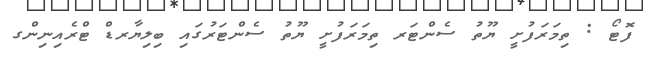
ފޮޓޯ : ތިމަރަފުށީ ޔޫތު ސެންޓަރ ތިމަރަފުށީ ޔޫތު ސެންޓަރުގައި ބިލިޔާރޑް ޓްރެއިނިންގ